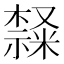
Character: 𣜩